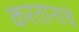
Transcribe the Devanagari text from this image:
करतानाचं